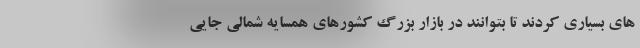
های بسیاری کردند تا بتوانند در بازار بزرگ کشورهای همسایه شمالی جایی